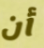
أن